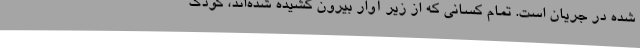
شده در جریان است. تمام کسانی که از زیر آوار بیرون کشیده شده‌اند، کودک